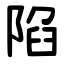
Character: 陷